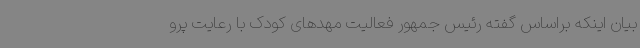
بیان اینکه براساس گفته رئیس جمهور فعالیت مهدهای کودک با رعایت پرو